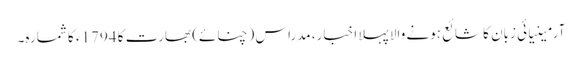
آرمینیائی زبان کا شائع ہونے والا پہلا اخبار، مدراس (چنائے) بھارت کا 1794ء کا شمارہ۔